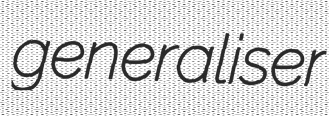
generaliser